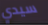
سيدي